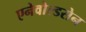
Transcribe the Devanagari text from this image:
एनेवोल्डसेन